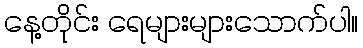
နေ့တိုင်း ရေများများသောက်ပါ။